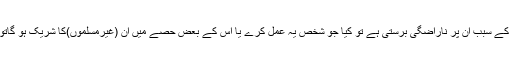
اور جب ان کے تہوار کے دن ان کے عمل کے سبب اُن پر ناراضگی برستی ہے تو کیا جو شخص یہ عمل کرے یا اس کے بعض حصے میں ان (غیرمسلموں)کا شریک ہو گاتو کیا وہ اس کی سزا سے دوچار نہیں ہو گا؟